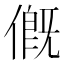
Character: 𠌰